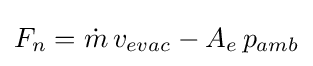
F_{n}={\dot {m}}\,v_{evac}-A_{e}\,p_{amb}